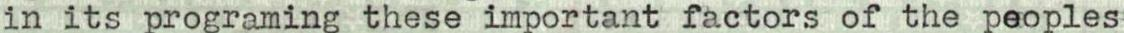
in its programing these important factors of the peoples